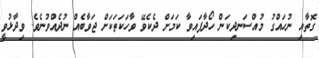
ގޮތާއި ނުހައްގު މުއްސަނދިކަން ހޯދާފައިވާ ކަމަށް ދެެކެވޭ ވާހަކަތަކަށް ޖަވާބެއް ނުދެއްވުނެވެ. ވިދާޅުވީ